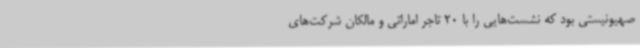
صهیونیستی بود که نشست‌هایی را با 20 تاجر اماراتی و مالکان شرکت‌های